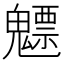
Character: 魒